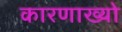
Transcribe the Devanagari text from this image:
कारणाख्यो